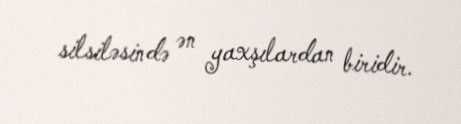
silsiləsində ən yaxşılardan biridir.